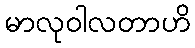
မာလုဝါလတာဟိ